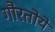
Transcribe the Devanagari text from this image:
गौरतोये